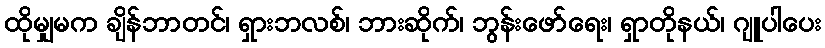
ထိုမျှမက ချိန်ဘာတင်၊ ရှားဘလစ်၊ ဘားဆိုက်၊ ဘွန်းဖော်ရေး၊ ရှာတိုနယ်၊ ဂျူပါပေး